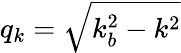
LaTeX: q_{k}=\sqrt{k_{b}^{2}-k^{2}}